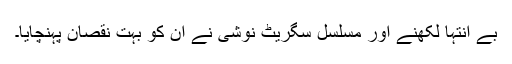
بے انتہا لکھنے اور مسلسل سگریٹ نوشی نے ان کو بہت نقصان پہنچایا۔